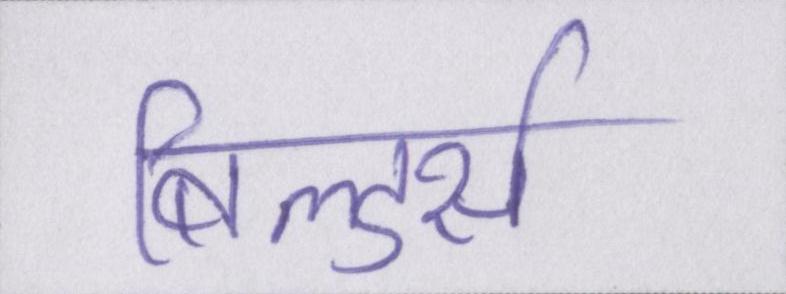
बिल्डर्स